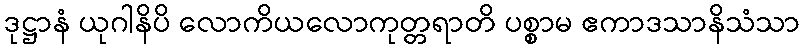
ဒုဋ္ဌာနံ ယုဂါနိပိ လောကိယလောကုတ္တရာတိ ပစ္စာမ ဧကာဒသာနိသံသာ